Annual vaccination report of Bihar and Orissa - 1911-1928
Year: 1911
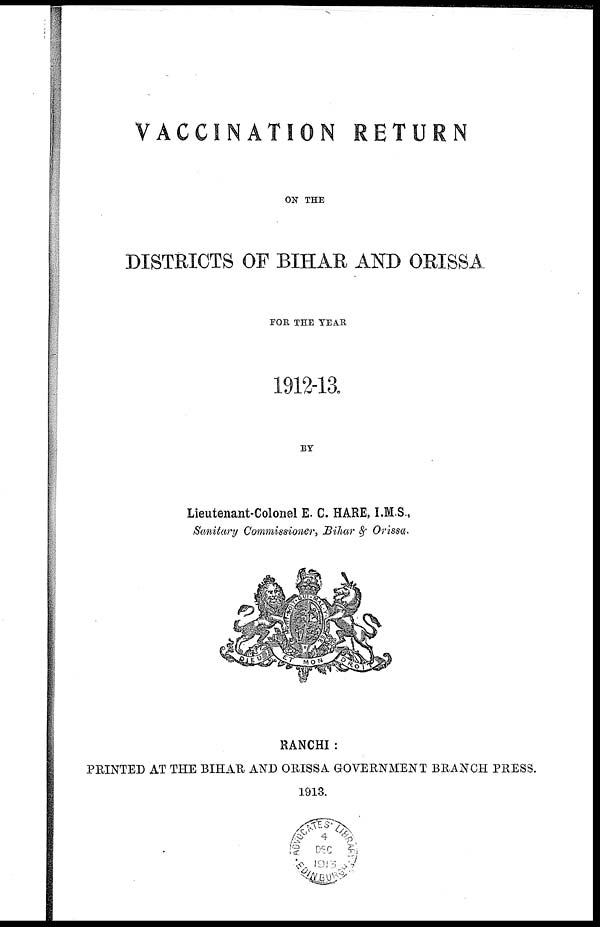
VACCINATION RETURN
ON THE
DISTRICTS OF BIHAR AND ORISSA
FOR THE YEAR
1912-13.
BY
Lieutenant-Colonel E. C. HARE, I.M.S.,
Sanitary Commissioner, Bihar & Orissa.
RANCHI:
PRINTED AT THE BIHAR AND ORISSA GOVERNMENT BRANCH PRESS.
1913.